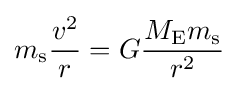
m_{\text{s}}{\frac {v^{2}}{r}}=G{\frac {M_{\text{E}}m_{\text{s}}}{r^{2}}}